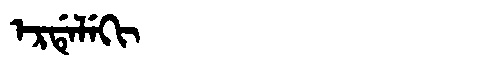
Manchu: ᡝᡵᡩᡝᠯᡝᡴᡳ
Romanization: ERDELEKI